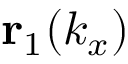
\mathbf { r } _ { 1 } ( k _ { x } )